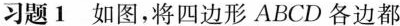
习题1如图，将四边形ABCD各边都